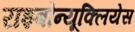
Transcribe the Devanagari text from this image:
राइबोन्यूक्लियेस